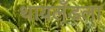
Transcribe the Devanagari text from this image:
थायलँडला